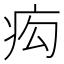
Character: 𤵆